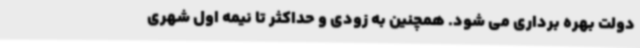
دولت بهره برداری می شود. همچنین به زودی و حداکثر تا نیمه اول شهری